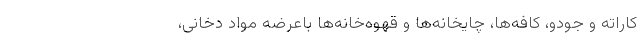
کاراته و جودو، کافه‌ها، چایخانه‌ها و قهوه‌خانه‌ها باعرضه مواد دخانی،